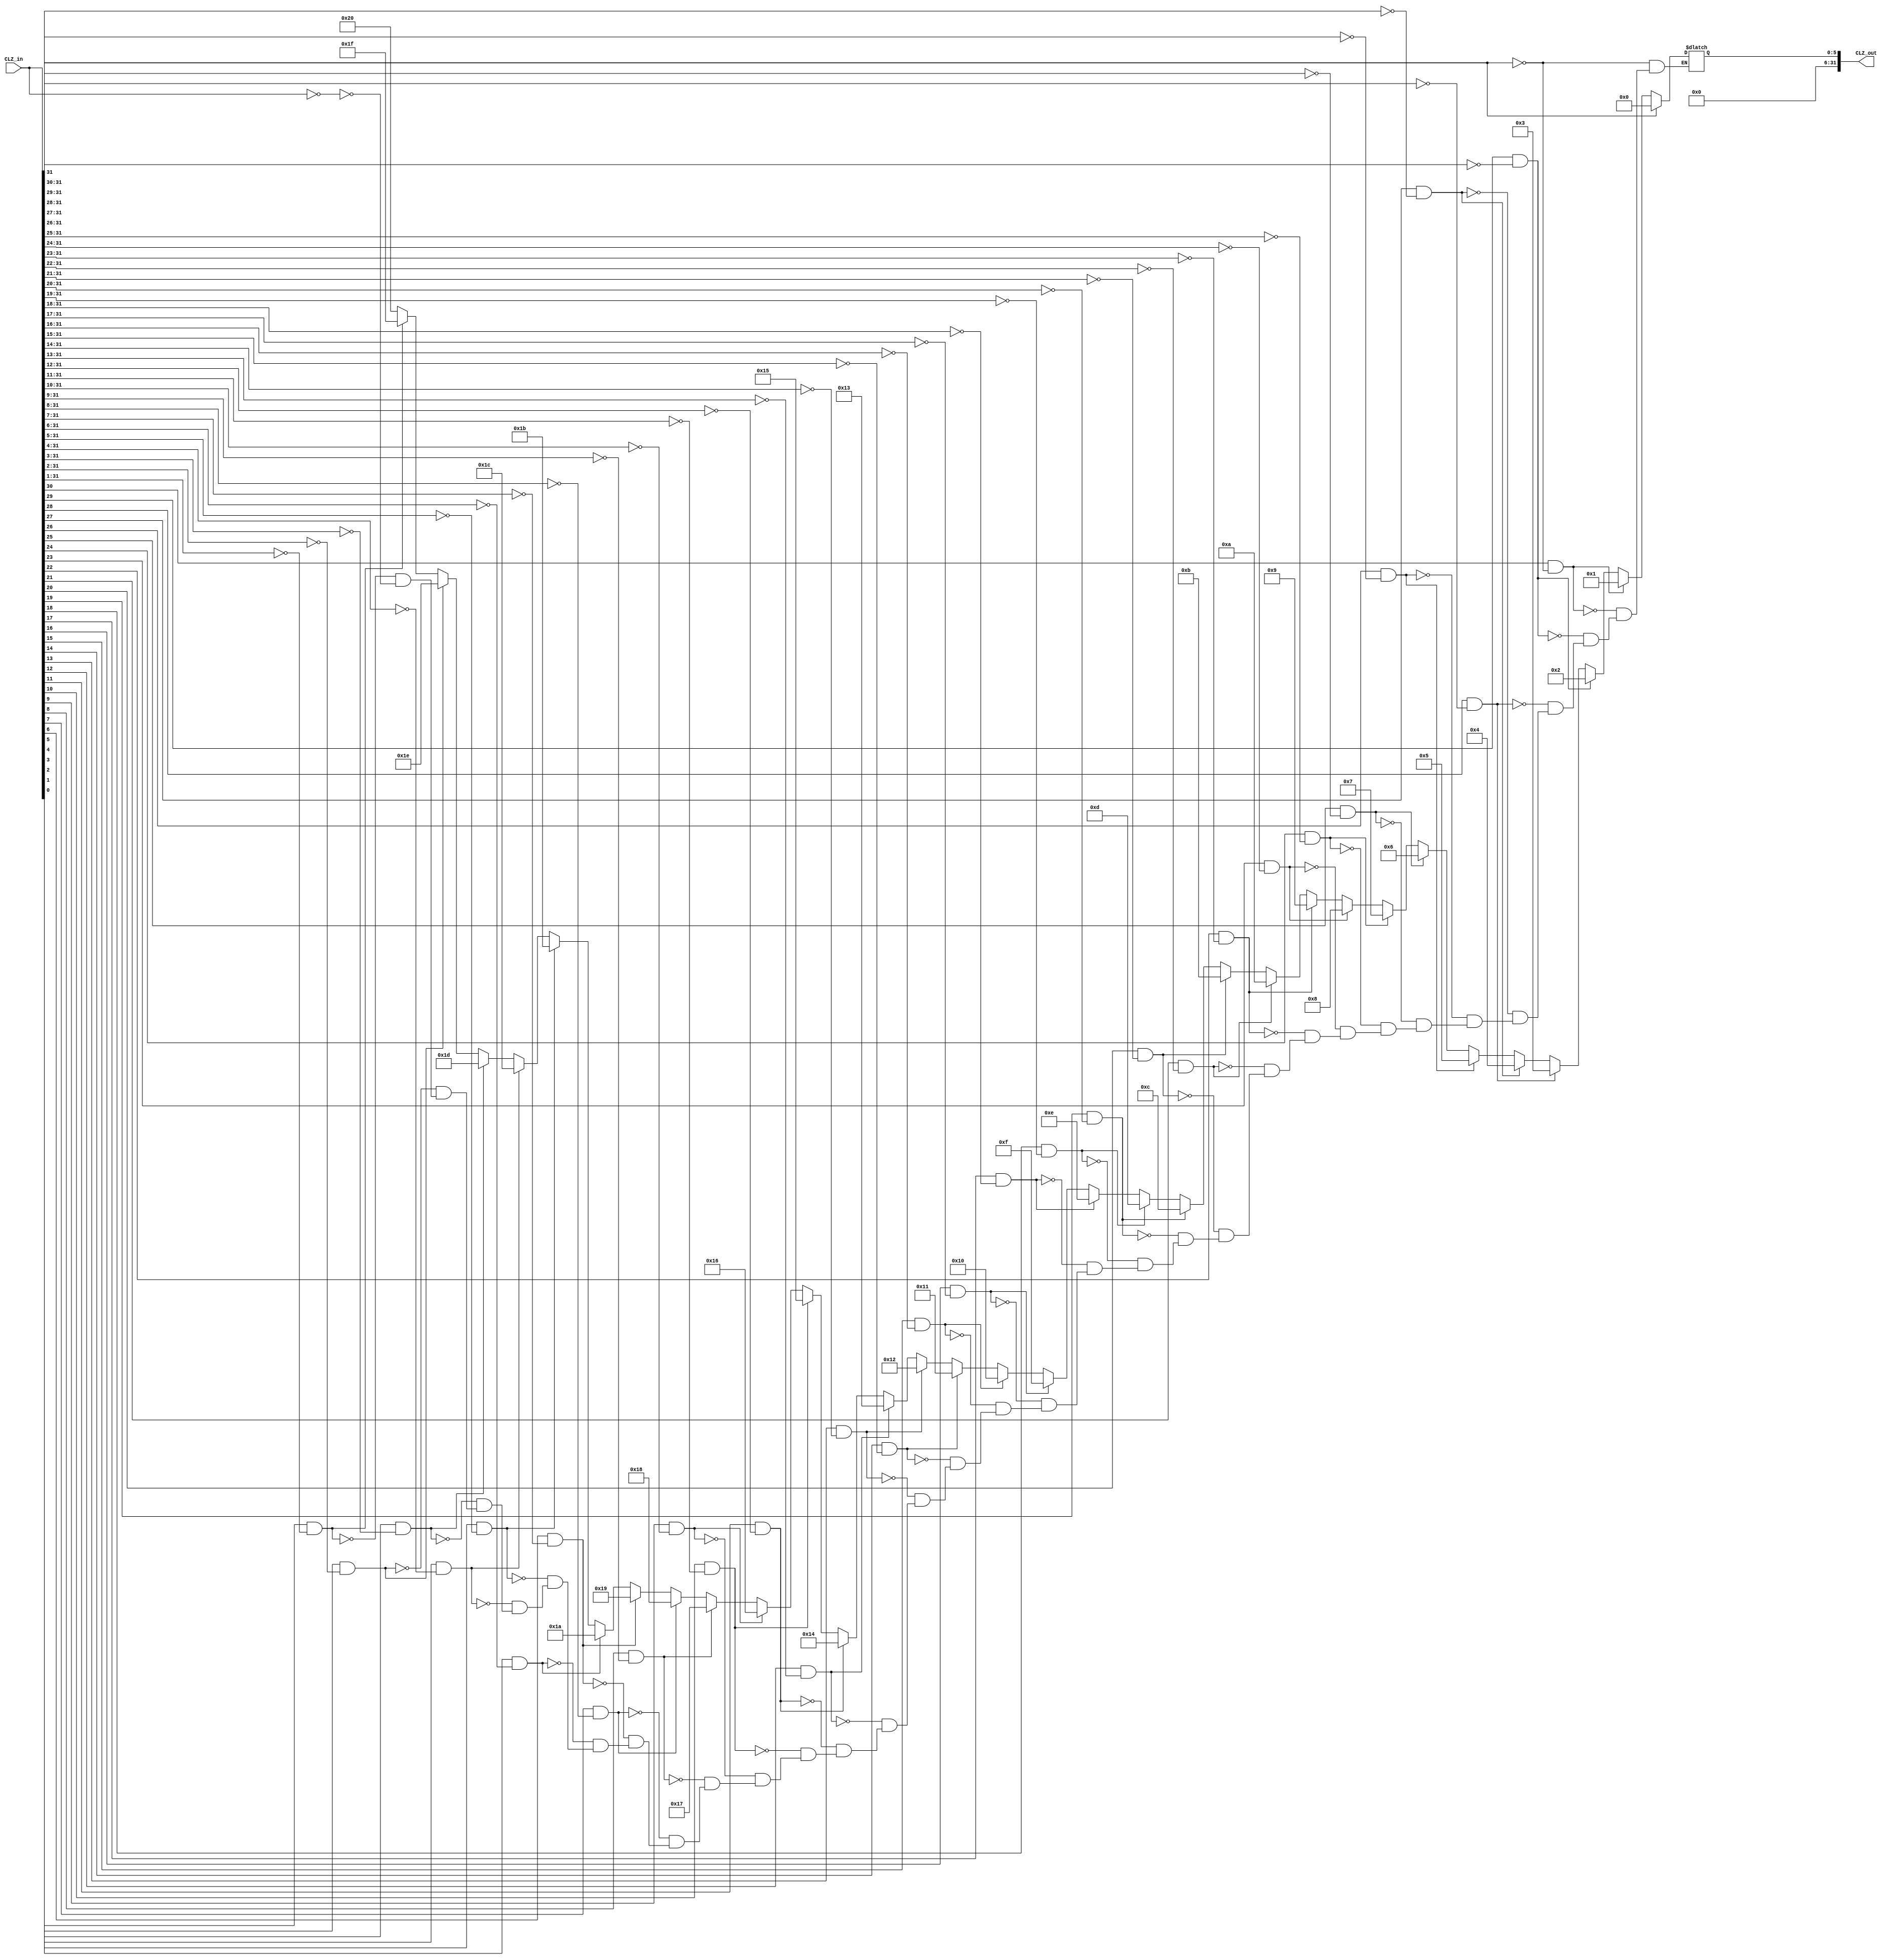
`timescale 1ns / 1ps
module CLZ(
    input [31:0] CLZ_in,    //0
    output [31:0] CLZ_out   //0
    );

reg [31:0] cnt = 32'd0;     //0

always @(*) begin           //10
    if (CLZ_in[31] == 1'b1)                          cnt<=0;
    else if(CLZ_in[30] == 1'b1 && CLZ_in[31] == 0)   cnt<=1;
    else if(CLZ_in[29] == 1'b1 && CLZ_in[31:30] == 0)cnt<=2;
    else if(CLZ_in[28] == 1'b1 && CLZ_in[31:29] == 0)cnt<=3;
    else if(CLZ_in[27] == 1'b1 && CLZ_in[31:28] == 0)cnt<=4;
    else if(CLZ_in[26] == 1'b1 && CLZ_in[31:27] == 0)cnt<=5;
    else if(CLZ_in[25] == 1'b1 && CLZ_in[31:26] == 0)cnt<=6;
    else if(CLZ_in[24] == 1'b1 && CLZ_in[31:25] == 0)cnt<=7;
    else if(CLZ_in[23] == 1'b1 && CLZ_in[31:24] == 0)cnt<=8;
    else if(CLZ_in[22] == 1'b1 && CLZ_in[31:23] == 0)cnt<=9;
    else if(CLZ_in[21] == 1'b1 && CLZ_in[31:22] == 0)cnt<=10;
    else if(CLZ_in[20] == 1'b1 && CLZ_in[31:21] == 0)cnt<=11;
    else if(CLZ_in[19] == 1'b1 && CLZ_in[31:20] == 0)cnt<=12;
    else if(CLZ_in[18] == 1'b1 && CLZ_in[31:19] == 0)cnt<=13;
    else if(CLZ_in[17] == 1'b1 && CLZ_in[31:18] == 0)cnt<=14;
    else if(CLZ_in[16] == 1'b1 && CLZ_in[31:17] == 0)cnt<=15;
    else if(CLZ_in[15] == 1'b1 && CLZ_in[31:16] == 0)cnt<=16;
    else if(CLZ_in[14] == 1'b1 && CLZ_in[31:15] == 0)cnt<=17;
    else if(CLZ_in[13] == 1'b1 && CLZ_in[31:14] == 0)cnt<=18;
    else if(CLZ_in[12] == 1'b1 && CLZ_in[31:13] == 0)cnt<=19;
    else if(CLZ_in[11] == 1'b1 && CLZ_in[31:12] == 0)cnt<=20;
    else if(CLZ_in[10] == 1'b1 && CLZ_in[31:11] == 0)cnt<=21;
    else if(CLZ_in[ 9] == 1'b1 && CLZ_in[31:10] == 0)cnt<=22;
    else if(CLZ_in[ 8] == 1'b1 && CLZ_in[31: 9] == 0)cnt<=23;
    else if(CLZ_in[ 7] == 1'b1 && CLZ_in[31: 8] == 0)cnt<=24;
    else if(CLZ_in[ 6] == 1'b1 && CLZ_in[31: 7] == 0)cnt<=25;
    else if(CLZ_in[ 5] == 1'b1 && CLZ_in[31: 6] == 0)cnt<=26;
    else if(CLZ_in[ 4] == 1'b1 && CLZ_in[31: 5] == 0)cnt<=27;
    else if(CLZ_in[ 3] == 1'b1 && CLZ_in[31: 4] == 0)cnt<=28;
    else if(CLZ_in[ 2] == 1'b1 && CLZ_in[31: 3] == 0)cnt<=29;
    else if(CLZ_in[ 1] == 1'b1 && CLZ_in[31: 2] == 0)cnt<=30;
    else if(CLZ_in[ 0] == 1'b1 && CLZ_in[31: 1] == 0)cnt<=31;
    else if(CLZ_in == 0)                             cnt<=32;
end

assign CLZ_out = cnt;

endmodule